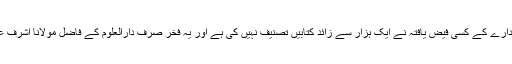
انہوں نے کہا کہ کسی ادارے کے کسی فیض یافتہ نے ایک ہزار سے زائد کتابیں تصنیف نہیں کی ہے اور یہ فخر صرف دارالعلوم کے فاضل مولانا اشرف علی تھانوی کو جاتا ہے۔